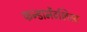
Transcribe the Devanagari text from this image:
फन्डामेंटलिस्ट